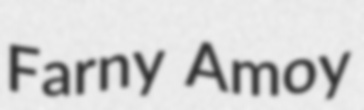
Farny Amoy